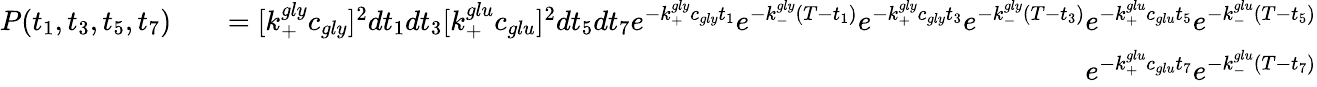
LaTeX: \begin{array}{rlr}{P(t_{1},t_{3},t_{5},t_{7})}&{}&{=[k_{+}^{gly}c_{gly}]^{2}dt_{1}dt_{3}[k_{+}^{glu}c_{glu}]^{2}dt_{5}dt_{7}e^{-k_{+}^{gly}c_{gly}t_{1}}e^{-k_{-}^{gly}(T-t_{1})}e^{-k_{+}^{gly}c_{gly}t_{3}}e^{-k_{-}^{gly}(T-t_{3})}e^{-k_{+}^{glu}c_{glu}t_{5}}e^{-k_{-}^{glu}(T-t_{5})}}\\ &{}&{e^{-k_{+}^{glu}c_{glu}t_{7}}e^{-k_{-}^{glu}(T-t_{7})}}\end{array}